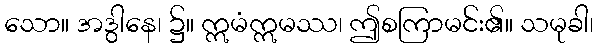
သော။ အဒွါနေ၊ ၌။ ဣမံဣမဿ၊ ဤစကြာမင်း၏။ သမုခါ၊